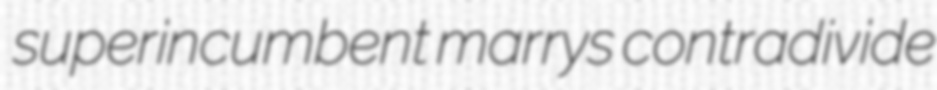
superincumbent marrys contradivide